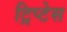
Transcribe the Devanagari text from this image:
ट्रिप्टेस